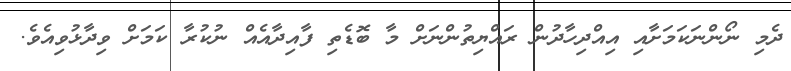
ދެމި ނޯންނަކަމަށާއި އިއްދިހާދުން ރައްޔިތުންނަށް މާ ބޮޑެތި ފާއިދާއެއް ނުކުރާ ކަމަށް ވިދާޅުވިއެވެ.